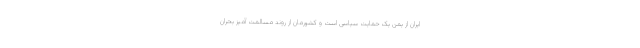
ایران از یمن یک حمایت سیاسی است و کشورمان از روند مسالمت آمیز بحران